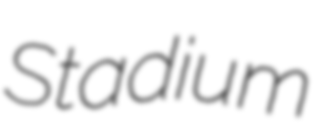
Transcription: Stadium